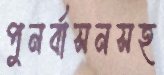
পুনর্বাসনসহ